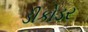
ડીકોડર